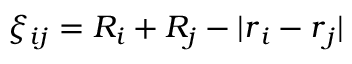
\xi _ { i j } = R _ { i } + R _ { j } - | \boldsymbol { r } _ { i } - \boldsymbol { r } _ { j } |